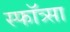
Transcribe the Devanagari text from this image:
स्फॉत्र्सा